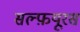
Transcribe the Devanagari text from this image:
सल्फ़यूरस